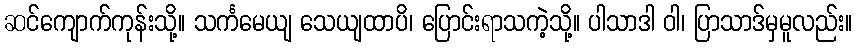
ဆင်ကျောက်ကုန်းသို့။ သင်္ကမေယျ သေယျထာပိ၊ ပြောင်းရာသကဲ့သို့။ ပါသာဒါ ဝါ၊ ပြာသာဒ်မှမူလည်း။